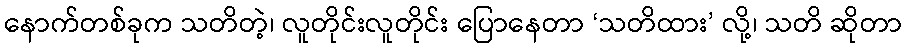
နောက်တစ်ခုက သတိတဲ့၊ လူတိုင်းလူတိုင်း ပြောနေတာ ‘သတိထား’ လို့၊ သတိ ဆိုတာ